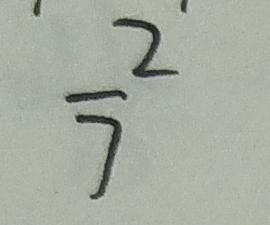
\frac { 2 } { 7 }